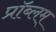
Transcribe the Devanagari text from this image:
प्रॉब्लम्